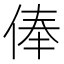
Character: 俸